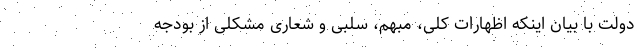
دولت با بیان اینکه اظهارات کلی، مبهم، سلبی و شعاری مشکلی از بودجه